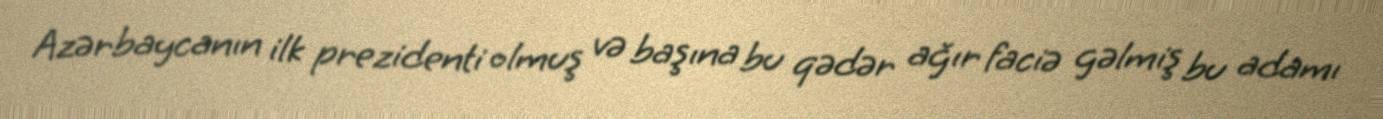
Azərbaycanın ilk prezidenti olmuş və başına bu qədər ağır faciə gəlmiş bu adamı